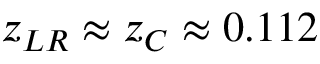
z _ { L R } \approx z _ { C } \approx 0 . 1 1 2